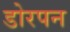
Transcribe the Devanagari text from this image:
डोरपन